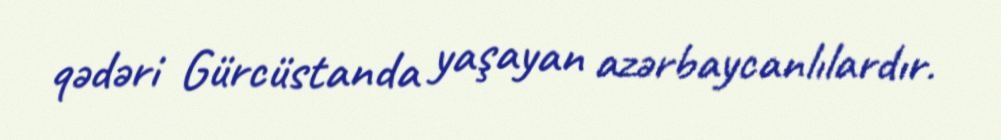
qədəri Gürcüstanda yaşayan azərbaycanlılardır.